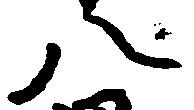
八